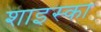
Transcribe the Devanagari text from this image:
शाइस्का